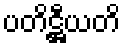
ပတိဋ္ဌီယတိ